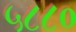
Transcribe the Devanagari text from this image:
५८८०